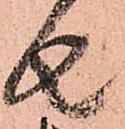
者